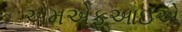
એમએફઆઇએ